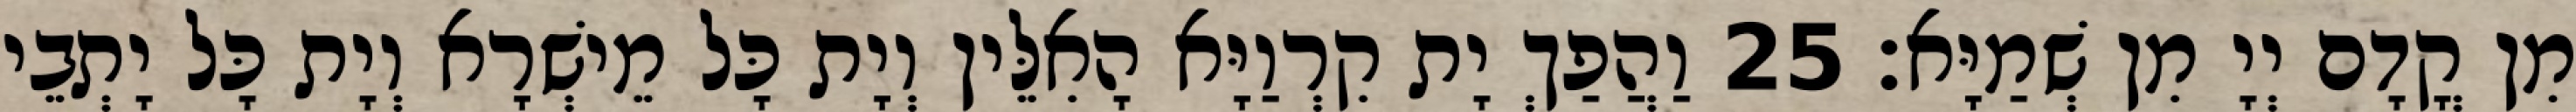
מִן קֳדָם יְיָ מִן שְׁמַיָּא׃ 25 וַהֲפַךְ יָת קִרְוַיָּא הָאִלֵּין וְיָת כָּל מֵישְׁרָא וְיָת כָּל יָתְבֵי